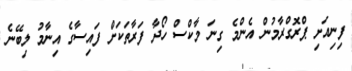
ފިނިއަށި ޕްރޮގްރާމުން އެންމެ ގިނަ މާކްސް ހޯދާ ފަރާތަކަށް ފައިސާގެ އިނާމު ލިބޭނެ